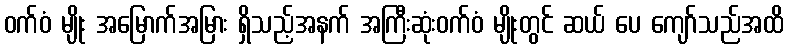
ဝက်ဝံ မျိုး အမြောက်အမြား ရှိသည့်အနက် အကြီးဆုံးဝက်ဝံ မျိုးတွင် ဆယ် ပေ ကျော်သည်အထိ